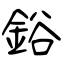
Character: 鋊